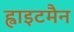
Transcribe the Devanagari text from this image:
ह्वाइटमैन